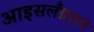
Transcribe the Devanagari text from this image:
आइसलँडएरने